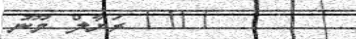
?? ރަޔާލް މޫނު